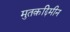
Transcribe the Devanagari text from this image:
मुतक़द्दिमीन